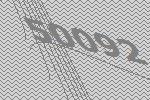
50092